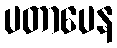
ပတာပေန